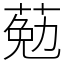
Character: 葂